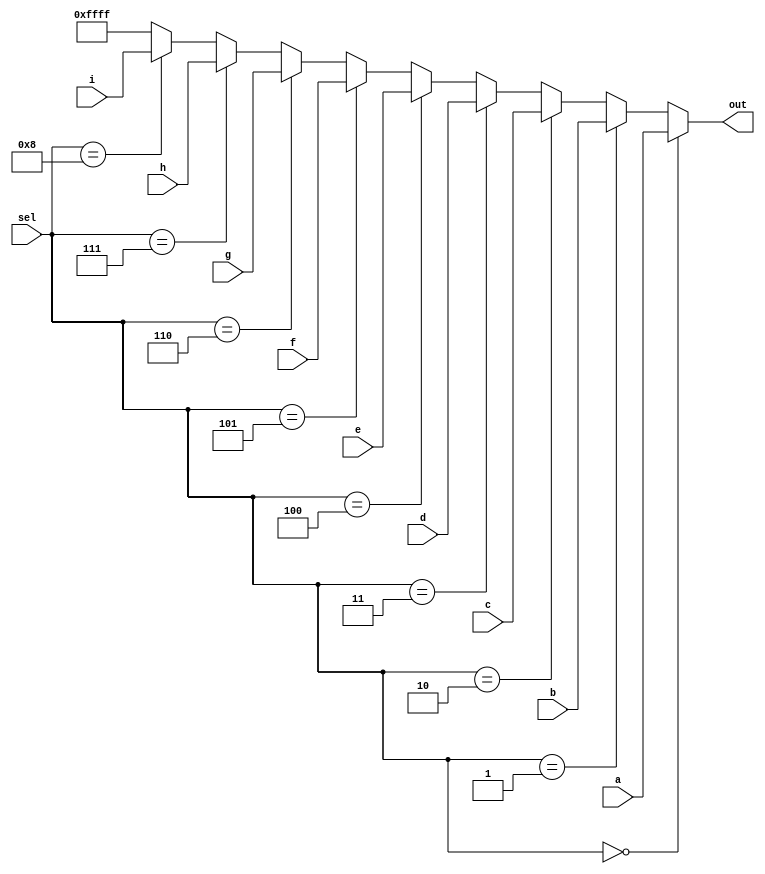
module top_module( 
    input [15:0] a, b, c, d, e, f, g, h, i,
    input [3:0] sel,
    output [15:0] out );
    assign out = (sel == 0) ? a :
        (sel == 1) ? b :
        (sel == 2) ? c :
        (sel == 3) ? d :
        (sel == 4) ? e :
        (sel == 5) ? f :
        (sel == 6) ? g :
        (sel == 7) ? h :
        (sel == 8) ? i : 16'hffff;
endmodule